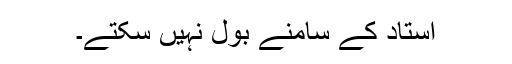
استاد کے سامنے بول نہیں سکتے۔